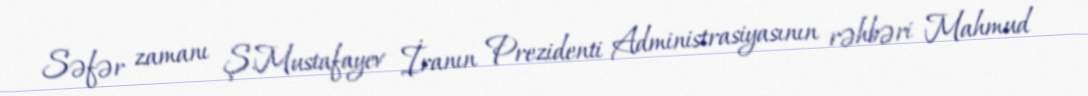
Səfər zamanı Ş.Mustafayev İranın Prezidenti Administrasiyasının rəhbəri Mahmud